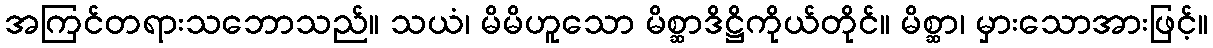
အကြင်တရားသဘောသည်။ သယံ၊ မိမိဟူသော မိစ္ဆာဒိဋ္ဌိကိုယ်တိုင်။ မိစ္ဆာ၊ မှားသောအားဖြင့်။